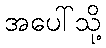
အပေါ်သို့